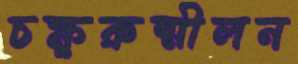
চক্ষুরুন্মীলন